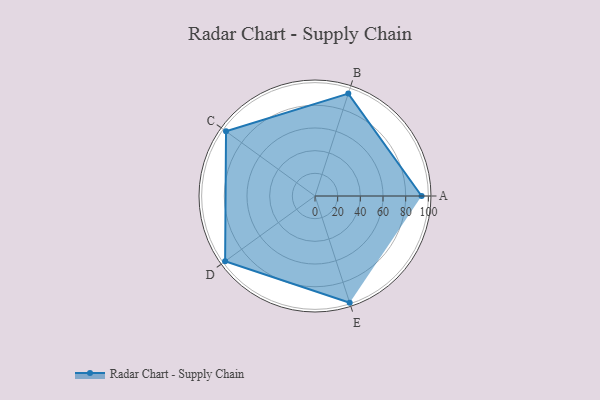
{"axis": {"x": "Skill", "y": "Score"}, "legend": ["Profile"], "data": [{"x": "A", "y": 94.0, "type": "Profile"}, {"x": "B", "y": 95.0, "type": "Profile"}, {"x": "C", "y": 97.0, "type": "Profile"}, {"x": "D", "y": 98.0, "type": "Profile"}, {"x": "E", "y": 99, "type": "Profile"}]}